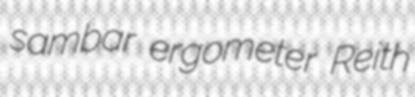
sambar ergometer Reith